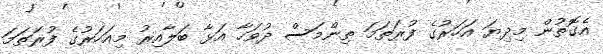
އެގޮތުން މިދިޔަ އަހަރުގެ ފުރަތަމަ ތިންމަސް ދުވަހާ އަޅާ ބަލާއިރު މިއަހަރުގެ ފުރަތަމަ